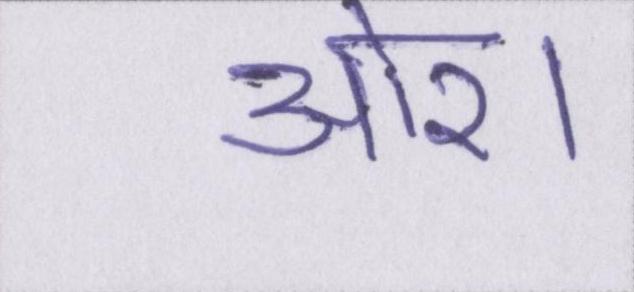
ओर।